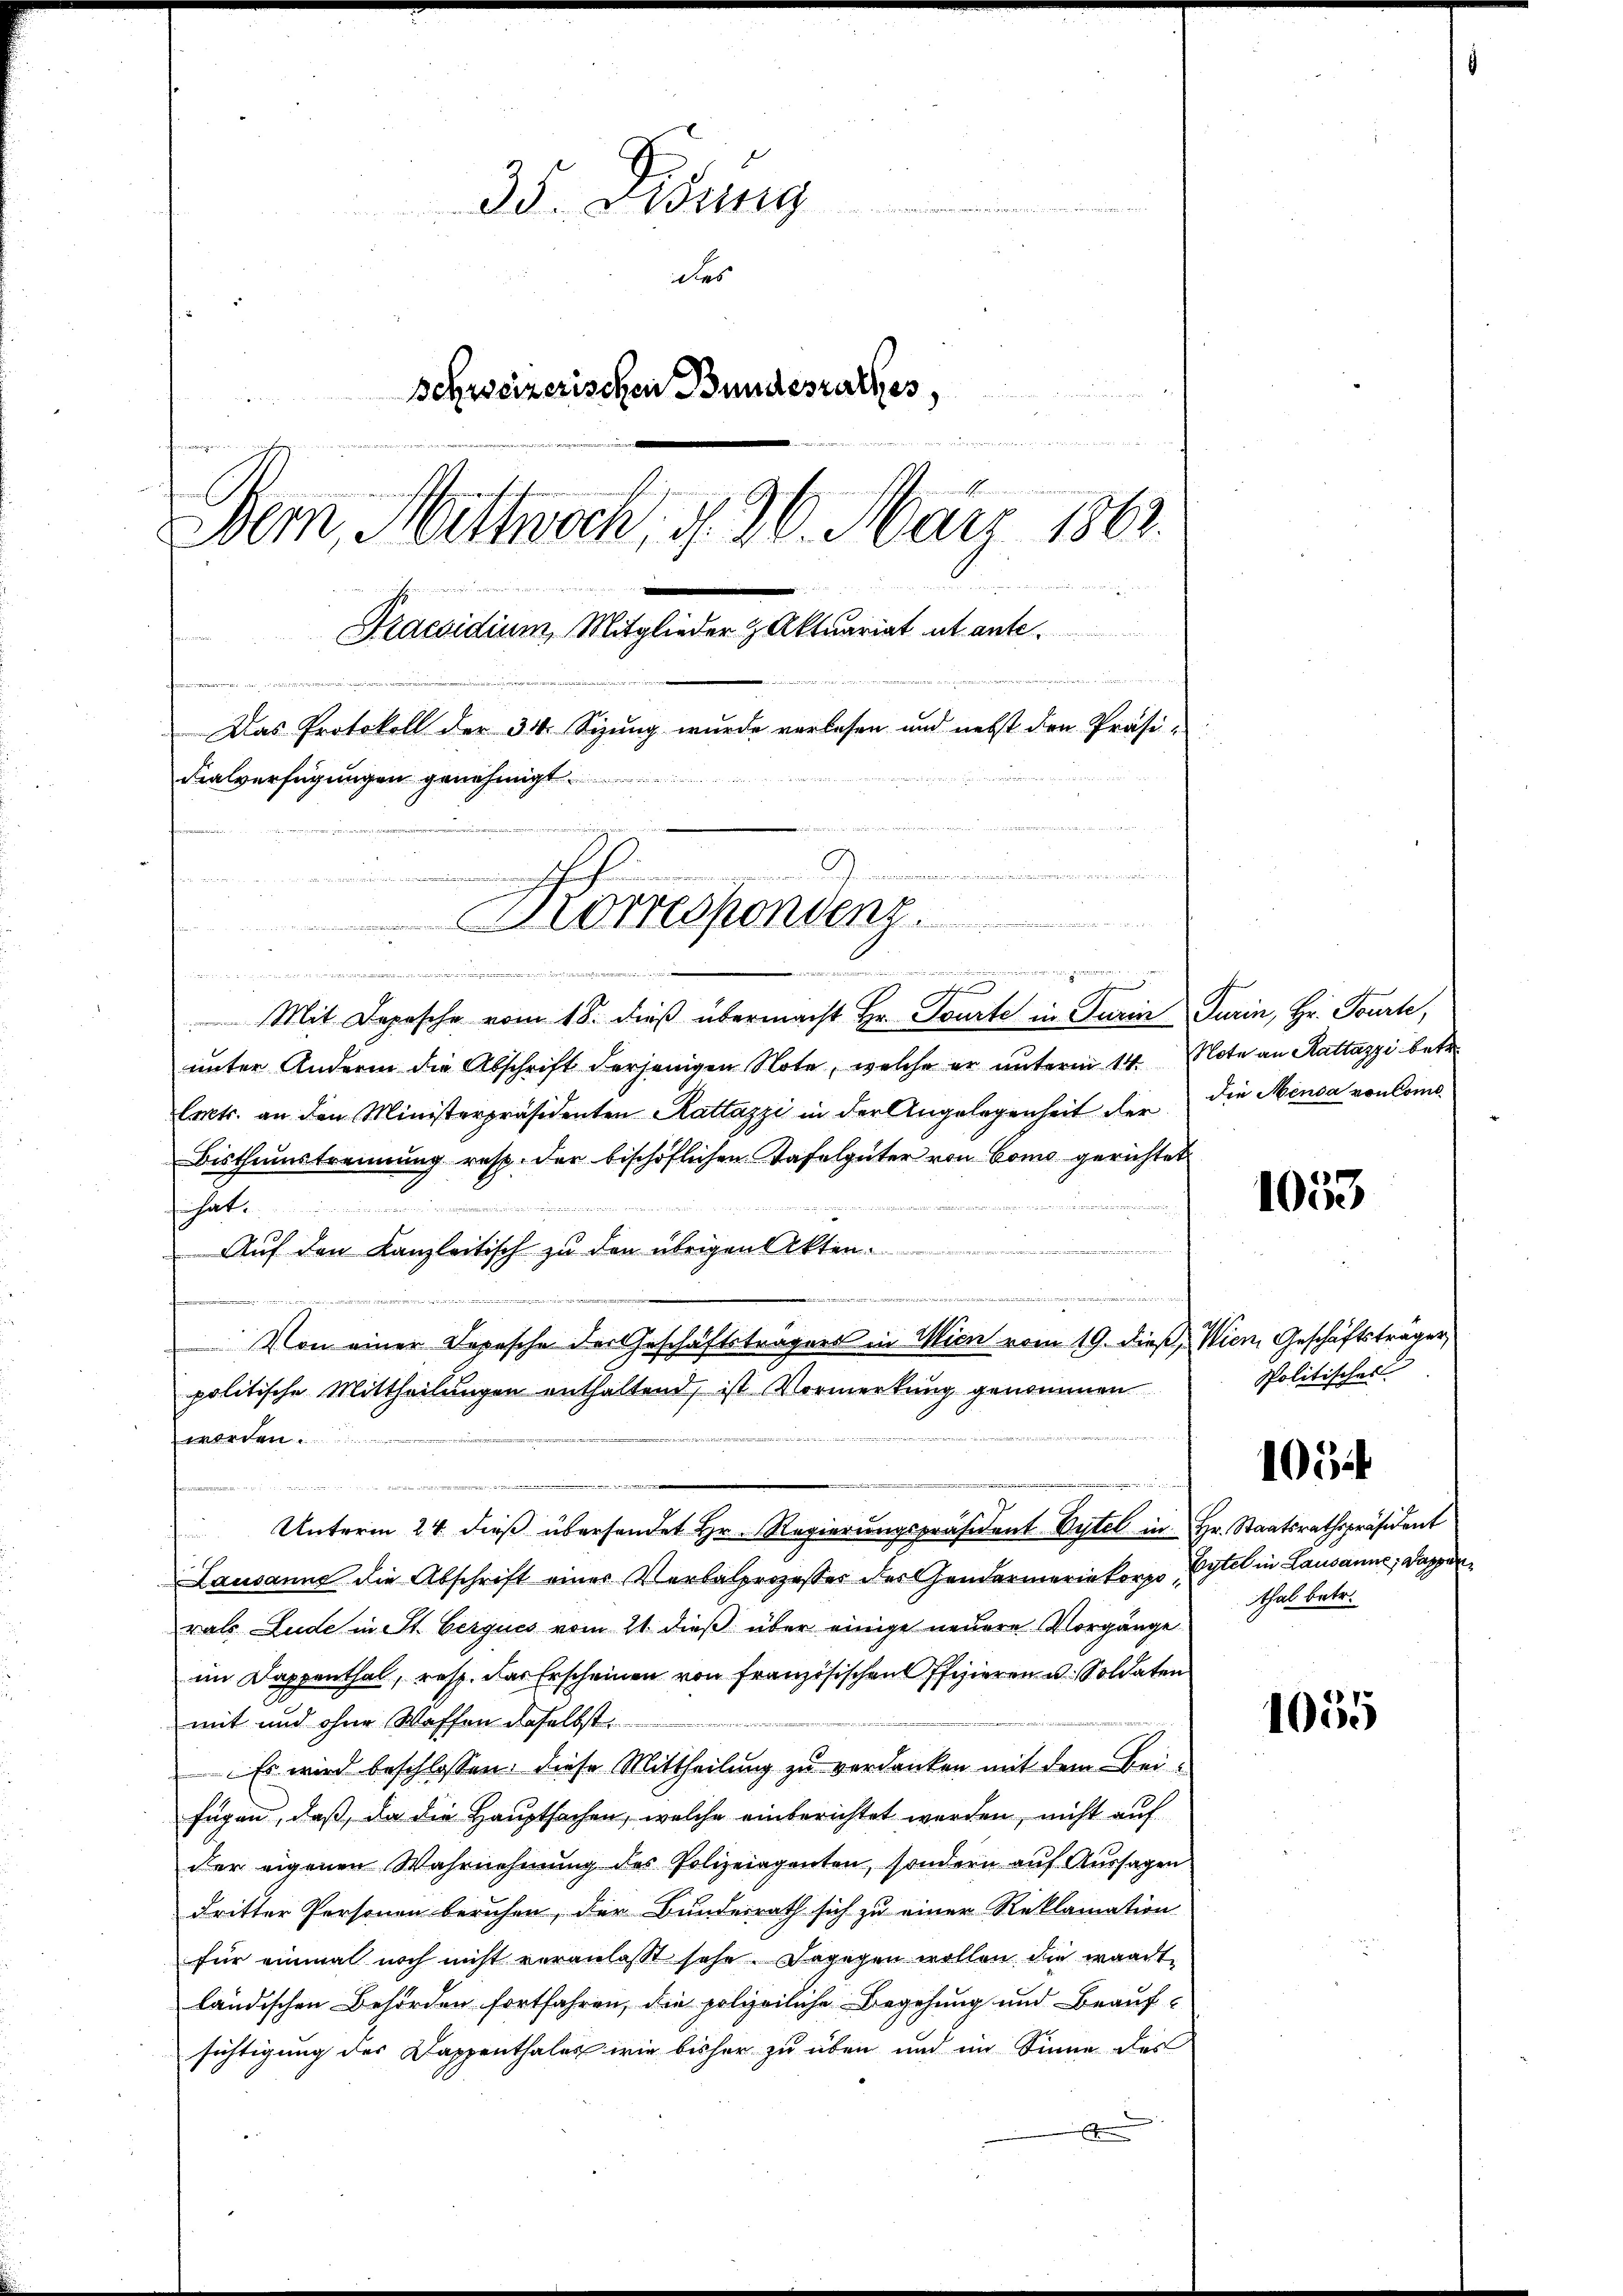
35. Oung
des
Schweizerischen Bundesrathes,

.
Wein, Mittwoch, d. 26. März 1862.
 Stellen seine an die Herrent die die Ste
.
Praesidium, Mitglieder & Aktuariat et ante.
igung
e
Das Protokoll der 31 Sizung wurde verlesen und nebst den Präsi-
Fialverfügungen genehmigt.
n

Korrespondenz.

es in an eigen in der den der der wegen und eine Kenntn
 Mit Depesche vom 18. dieβ übermacht Hr. Tourte in Turin Turin, Hr. Tourte,
unter Andern die Abschrift derjenigen Note, welche er unterm 14. Note an Rattazzi betr.
Crets. an den Ministerpräsidenten Rattazzi in der Angelegenheit der die Menda von Com¬
Bisthumstrennung resp. der bischöflichen Tafelgüter von Como gerichtet
d
se hat.
Auf den Kanzleitisch zu den übrigen Akten.
..............................
 Von einer Depesche der Geschäftsträgers in Wien vom 19. dieß, Wien Geschäftsträger,
politische Mittheilungen enthaltend, ist Vormerkung genommen
worden.
in der
Unterm 24. dieß überhandet Hr. Regierungspräsident Vytel in Hr. Staatsrathspräsident
Lausanne die Abschrift einer Verbalprozesses des Gendarmerikorpo Eitel in Lausanne; Dappen
rals Lude in St. Gerques vom 21 dieß über einige neuere Vorgänge
im Dappenthal, resp. das Erscheinen von Französischen Pfizieren u. Soldaten
mit und ohne Waffen daselbst.
Es wird beschlossen: diese Mittheilung zu verdanken mit dem Bei-
fügen, daß, da die Hauptsachen, welche einberichtet werden, nicht auf
der eigenen Wahrnehmung des Polizeigenten, sondern aŭf Aŭssagen
dritter Personen beruhen, der Bundesrath sich zu einer Reklamation
für einmal noch nicht veranlasst sehe. Dagegen wollen die waadt
ländischen Behörden fortfahren, die polizeiliche Begehung und Beaufsichtigung der Dappenthales wie bisher zu über und im Sinne des
A

.

1053

Politisches

103

thal betr.

1655